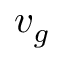
v _ { g }